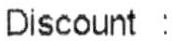
DISCOUNT :